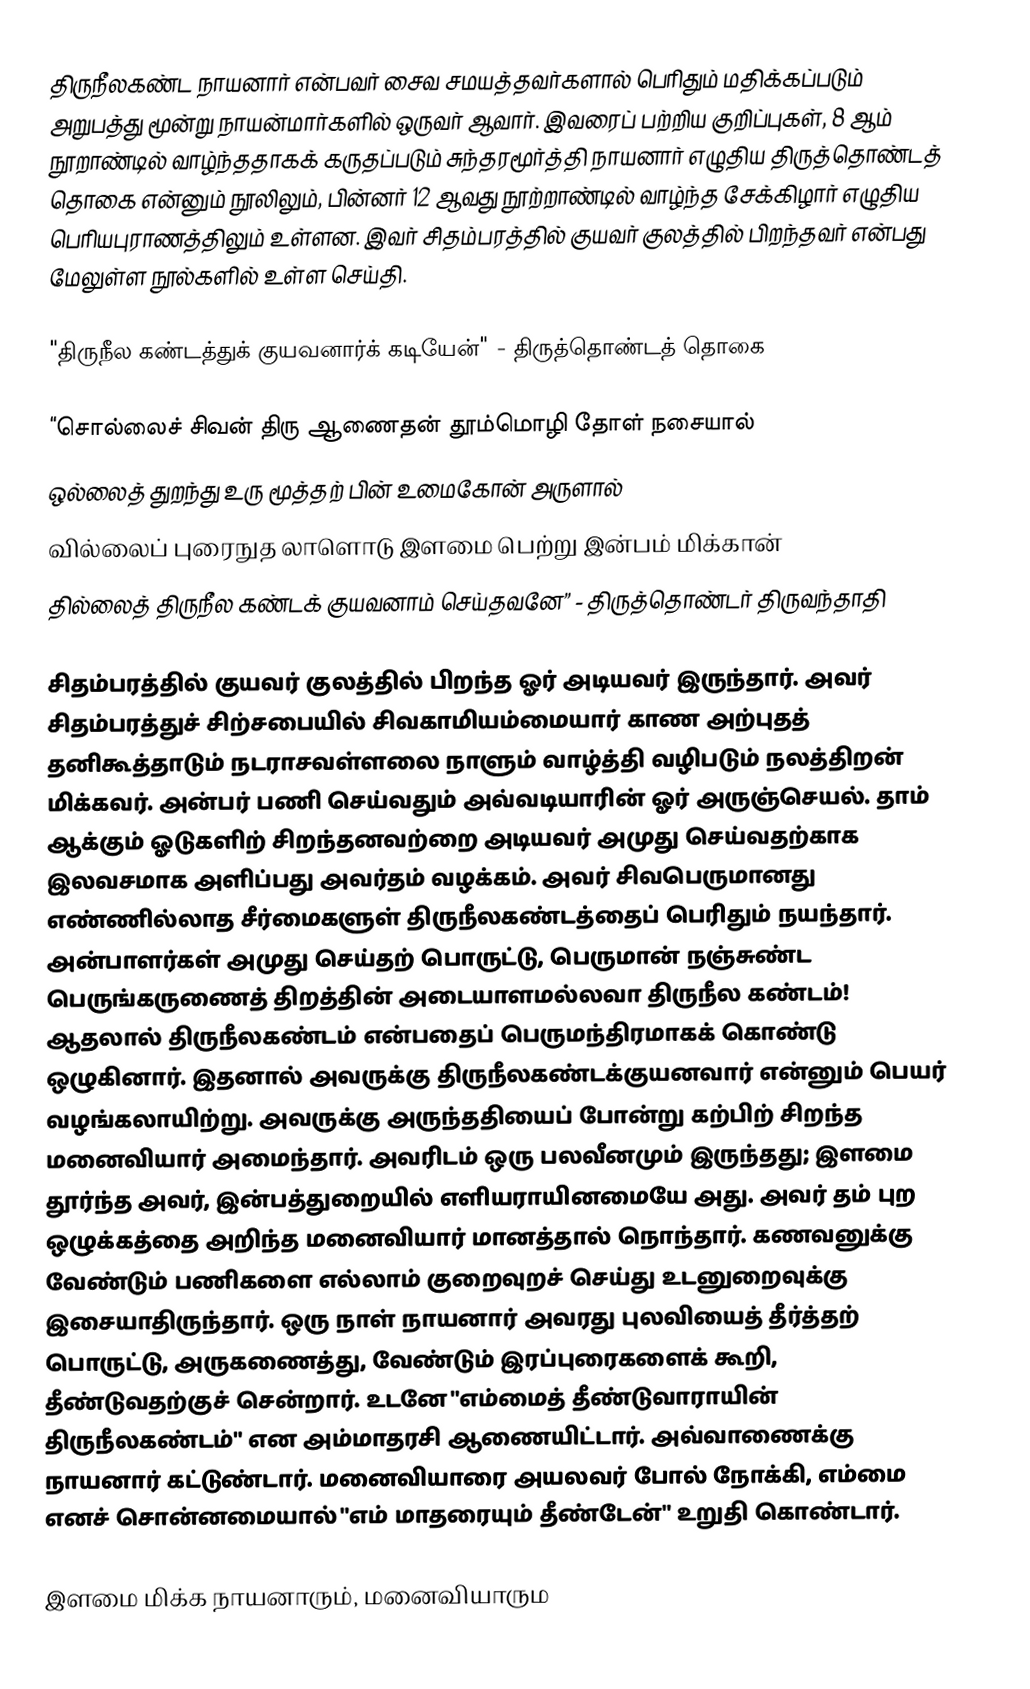
திருநீலகண்ட நாயனார் என்பவர் சைவ சமயத்தவர்களால் பெரிதும் மதிக்கப்படும் அறுபத்து மூன்று நாயன்மார்களில் ஒருவர் ஆவார். இவரைப் பற்றிய குறிப்புகள், 8 ஆம் நூறாண்டில் வாழ்ந்ததாகக் கருதப்படும் சுந்தரமூர்த்தி நாயனார் எழுதிய திருத்தொண்டத் தொகை என்னும் நூலிலும், பின்னர் 12 ஆவது நூற்றாண்டில் வாழ்ந்த சேக்கிழார் எழுதிய பெரியபுராணத்திலும் உள்ளன. இவர் சிதம்பரத்தில் குயவர் குலத்தில் பிறந்தவர் என்பது மேலுள்ள நூல்களில் உள்ள செய்தி.

"திருநீல கண்டத்துக் குயவனார்க் கடியேன்" - திருத்தொண்டத் தொகை

“சொல்லைச் சிவன் திரு ஆணைதன் தூம்மொழி தோள் நசையால்
ஒல்லைத் துறந்து உரு மூத்தற் பின் உமைகோன் அருளால்
வில்லைப் புரைநுத லாளொடு இளமை பெற்று இன்பம் மிக்கான்
தில்லைத் திருநீல கண்டக் குயவனாம் செய்தவனே” - திருத்தொண்டர் திருவந்தாதி

சிதம்பரத்தில் குயவர் குலத்தில் பிறந்த ஓர் அடியவர் இருந்தார். அவர் சிதம்பரத்துச் சிற்சபையில் சிவகாமியம்மையார் காண அற்புதத் தனிகூத்தாடும் நடராசவள்ளலை நாளும் வாழ்த்தி வழிபடும் நலத்திறன் மிக்கவர். அன்பர் பணி செய்வதும் அவ்வடியாரின் ஓர் அருஞ்செயல். தாம் ஆக்கும் ஓடுகளிற் சிறந்தனவற்றை அடியவர் அமுது செய்வதற்காக இலவசமாக அளிப்பது அவர்தம் வழக்கம். அவர் சிவபெருமானது எண்ணில்லாத சீர்மைகளுள் திருநீலகண்டத்தைப் பெரிதும் நயந்தார். அன்பாளர்கள் அமுது செய்தற் பொருட்டு, பெருமான் நஞ்சுண்ட பெருங்கருணைத் திறத்தின் அடையாளமல்லவா திருநீல கண்டம்! ஆதலால் திருநீலகண்டம் என்பதைப் பெருமந்திரமாகக் கொண்டு ஒழுகினார். இதனால் அவருக்கு திருநீலகண்டக்குயனவார் என்னும் பெயர் வழங்கலாயிற்று. அவருக்கு அருந்ததியைப் போன்று கற்பிற் சிறந்த மனைவியார் அமைந்தார். அவரிடம் ஒரு பலவீனமும் இருந்தது; இளமை தூர்ந்த அவர், இன்பத்துறையில் எளியராயினமையே அது. அவர் தம் புற ஒழுக்கத்தை அறிந்த மனைவியார் மானத்தால் நொந்தார். கணவனுக்கு வேண்டும் பணிகளை எல்லாம் குறைவுறச் செய்து உடனுறைவுக்கு இசையாதிருந்தார். ஒரு நாள் நாயனார்  அவரது புலவியைத் தீர்த்தற் பொருட்டு, அருகணைத்து, வேண்டும் இரப்புரைகளைக் கூறி, தீண்டுவதற்குச் சென்றார். உடனே "எம்மைத் தீண்டுவாராயின் திருநீலகண்டம்" என அம்மாதரசி ஆணையிட்டார். அவ்வாணைக்கு நாயனார் கட்டுண்டார். மனைவியாரை அயலவர் போல் நோக்கி, எம்மை எனச் சொன்னமையால் "எம் மாதரையும் தீண்டேன்" உறுதி கொண்டார்.

இளமை மிக்க நாயனாரும், மனைவியாரும